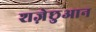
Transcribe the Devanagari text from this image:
शज़ेछुआन